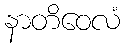
နာတိဝေလံ